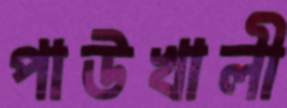
পাউখালী